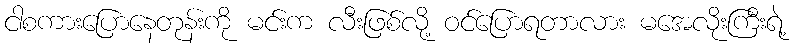
ငါစကားပြောနေတုန်းကို မင်းက လီးဖြစ်လို့ ဝင်ပြောရတာလား မအေလိုးကြီးရဲ့